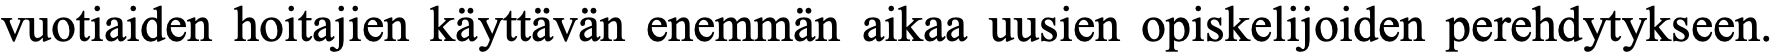
vuotiaiden hoitajien käyttävän enemmän aikaa uusien opiskelijoiden perehdytykseen.